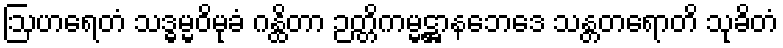
ဩဟရေတံ သဒ္ဓမ္မဝိမုခံ ဂန္ထိတာ ဉတ္တိကမ္မဋ္ဌာနဘေဒေ သန္တတရောတိ သုခိတံ